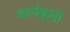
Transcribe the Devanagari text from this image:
कार्यक्र्रमों